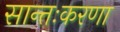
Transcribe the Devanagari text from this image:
सान्तःकरणा